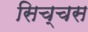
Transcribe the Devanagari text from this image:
सिच्चस